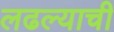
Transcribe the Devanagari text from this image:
लढल्याची